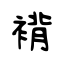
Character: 褙